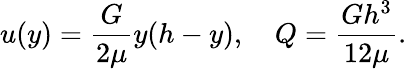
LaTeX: u(y)={\frac{G}{2\mu}}y(h-y),\quad Q={\frac{Gh^{3}}{12\mu}}.